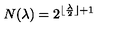
N ( \lambda ) = 2 ^ { \lfloor \frac { \lambda } { 2 } \rfloor + 1 }